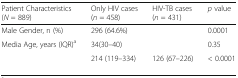
<table><thead><tr><td><b>Patient Characteristics (<i>N</i> = 889)</b></td><td><b>Only HIV cases (<i>n</i> = 458)</b></td><td><b>HIV-TB cases (<i>n</i> = 431)</b></td><td><b><i>p</i> value</b></td></tr></thead><tbody><tr><td>Male Gender, n (%)</td><td>296 (64.6%)</td><td>[EMPTY_CELL]</td><td>0.0001</td></tr><tr><td>Media Age, years (IQR)<sup>a</sup></td><td>34(30–40)</td><td>[EMPTY_CELL]</td><td>0.35</td></tr><tr><td>[EMPTY_CELL]</td><td>214 (119–334)</td><td>126 (67–226)</td><td>&lt; 0.0001</td></tr></tbody></table>